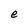
Character: e